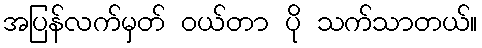
အပြန်လက်မှတ် ဝယ်တာ ပို သက်သာတယ်။